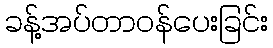
ခန့်အပ်တာဝန်ပေးခြင်း